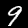
Label: 9